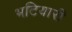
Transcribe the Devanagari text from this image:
भटियारी